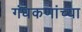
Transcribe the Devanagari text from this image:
गंधकणांच्या